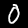
Label: 0